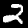
Digit: 2